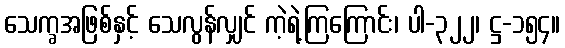
သေက္ခအဖြစ်နှင့် သေလွန်လျှင် ကဲ့ရဲ့ကြကြောင်း၊ ပါ-၃၂၂၊ ဋ္ဌ-၁၅၄။